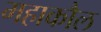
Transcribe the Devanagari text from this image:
महाकौल